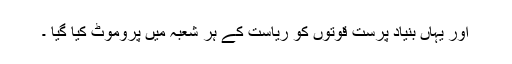
اور یہاں بنیاد پرست قوتوں کو ریاست کے ہر شعبہ میں پروموٹ کیا گیا ۔